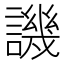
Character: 譏